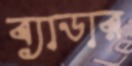
ব্যাডার